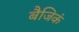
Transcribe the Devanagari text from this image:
बैजिकं